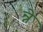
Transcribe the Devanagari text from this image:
न्ने